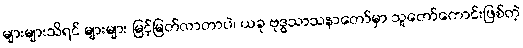
များများသိရင် များများ မြင့်မြတ်လာတာပဲ၊ ယခု ဗုဒ္ဓသာသနာတော်မှာ သူတော်ကောင်းဖြစ်တဲ့